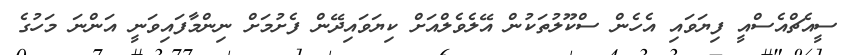
ސީއެޗްއެސްއީ ފިޔަވައި އެހެން ސްކޫލުތަކުން އޭލެވެލްއަށް ކިޔަވައިދޭން ފެށުމަށް ނިންމާފައިވަނީ އަންނަ މަހުގެ